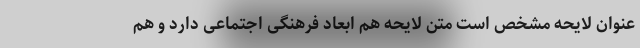
عنوان لایحه مشخص است متن لایحه هم ابعاد فرهنگی اجتماعی دارد و هم